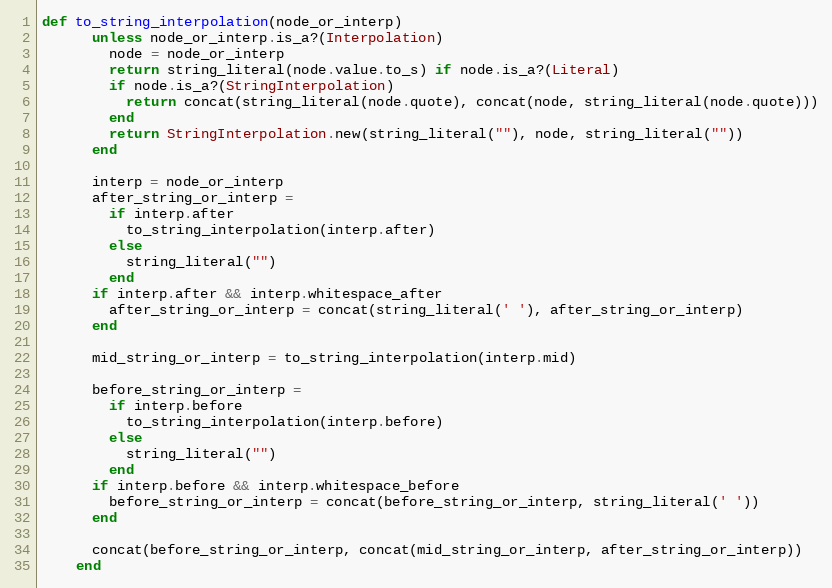
Language: Ruby
def to_string_interpolation(node_or_interp)
      unless node_or_interp.is_a?(Interpolation)
        node = node_or_interp
        return string_literal(node.value.to_s) if node.is_a?(Literal)
        if node.is_a?(StringInterpolation)
          return concat(string_literal(node.quote), concat(node, string_literal(node.quote)))
        end
        return StringInterpolation.new(string_literal(""), node, string_literal(""))
      end

      interp = node_or_interp
      after_string_or_interp =
        if interp.after
          to_string_interpolation(interp.after)
        else
          string_literal("")
        end
      if interp.after && interp.whitespace_after
        after_string_or_interp = concat(string_literal(' '), after_string_or_interp)
      end

      mid_string_or_interp = to_string_interpolation(interp.mid)

      before_string_or_interp =
        if interp.before
          to_string_interpolation(interp.before)
        else
          string_literal("")
        end
      if interp.before && interp.whitespace_before
        before_string_or_interp = concat(before_string_or_interp, string_literal(' '))
      end

      concat(before_string_or_interp, concat(mid_string_or_interp, after_string_or_interp))
    end